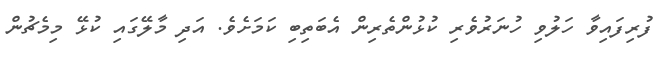
ފުރިފައިވާ ހަލުވި ހުނަރުވެރި ކުޅުންތެރިން އެބަތިބި ކަމަށެވެ. އަދި މާލޭގައި ކުޅޭ މިމެޗުން